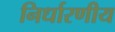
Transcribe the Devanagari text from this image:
निर्धारणीय